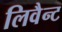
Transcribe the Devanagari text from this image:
लिवैन्ट